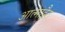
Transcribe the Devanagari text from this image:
आत्माद्वैत